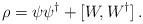
LaTeX: \begin{align*}\rho=\psi\psi^\dagger+[W,W^\dagger]\,.\end{align*}